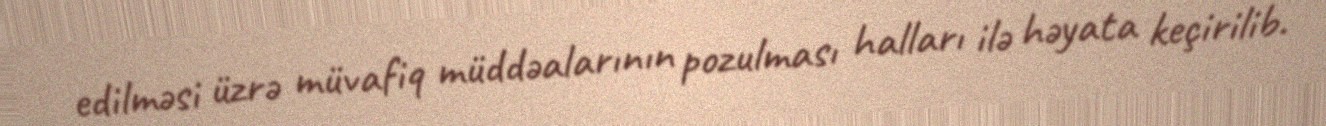
edilməsi üzrə müvafiq müddəalarının pozulması halları ilə həyata keçirilib.